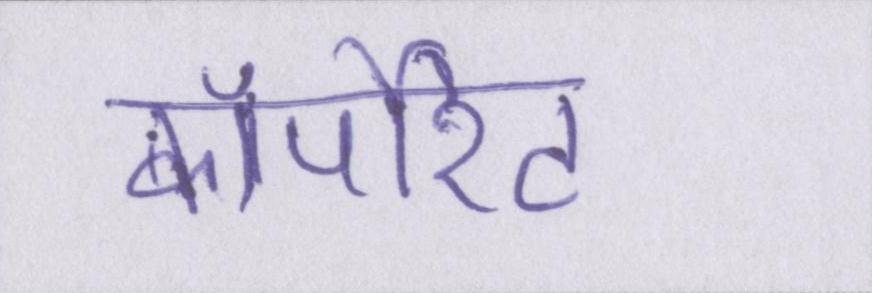
कॉर्पोरेट